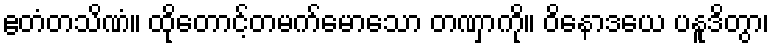
ဧတံတသိဏံ။ ထိုတောင့်တမက်မောသော တဏှာကို။ ဝိနောဒယေ ပနူဒိတွာ၊